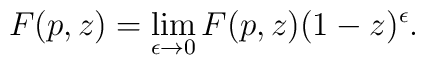
F(p,z) = \lim_{\epsilon \rightarrow 0}F(p,z)(1-z)^{ \epsilon}.